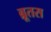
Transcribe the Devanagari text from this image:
ब्रूतस